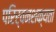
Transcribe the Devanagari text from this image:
परिर्वनशक्यता